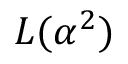
L ( \alpha ^ { 2 } )